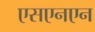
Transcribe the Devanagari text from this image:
एसएनएन